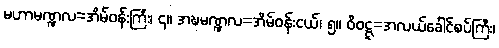
မဟာမဏ္ဍလ=အိမ်ဝန်းကြီး၊ ၄။ အဍ္ဎမဏ္ဍလ=အိမ်ဝန်းငယ်၊ ၅။ ဝိဝဋ္ဋ=အလယ်ခေါင်စပ်ကြီး၊